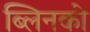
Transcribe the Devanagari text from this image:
ब्लिनको